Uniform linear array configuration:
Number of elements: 48
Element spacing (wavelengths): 0.75
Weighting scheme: hann
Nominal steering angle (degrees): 30
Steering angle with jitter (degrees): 29.344
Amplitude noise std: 0.05
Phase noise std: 0.05

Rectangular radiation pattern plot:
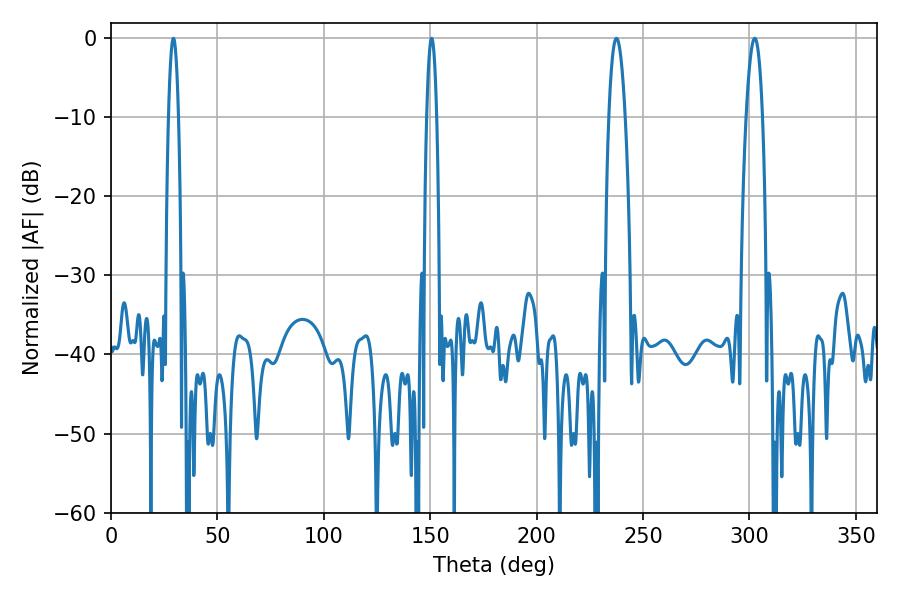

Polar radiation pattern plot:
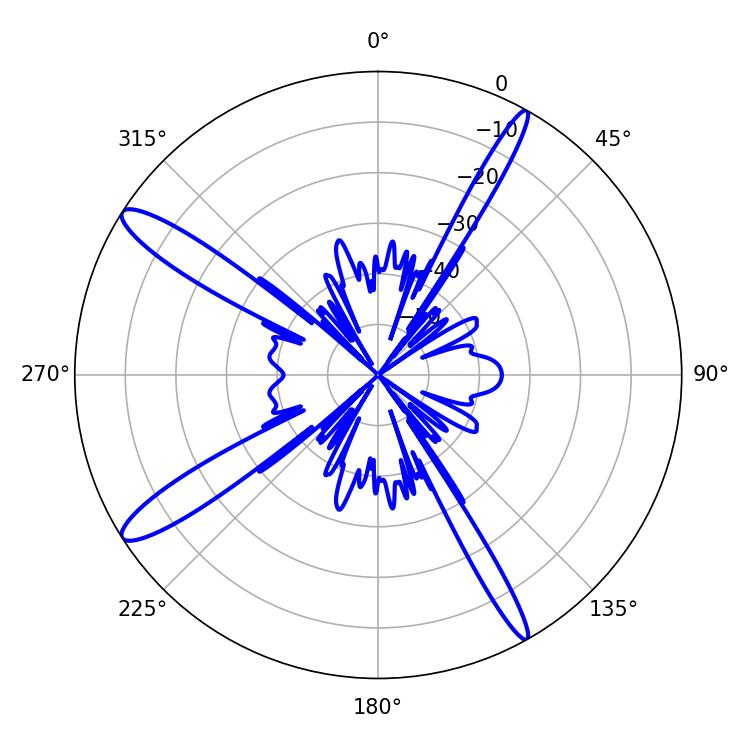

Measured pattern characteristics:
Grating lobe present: TRUE
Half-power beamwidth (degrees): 2.52
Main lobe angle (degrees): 29.34